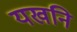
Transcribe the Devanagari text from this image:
यखनि